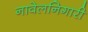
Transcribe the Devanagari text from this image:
नावेलनिगारी